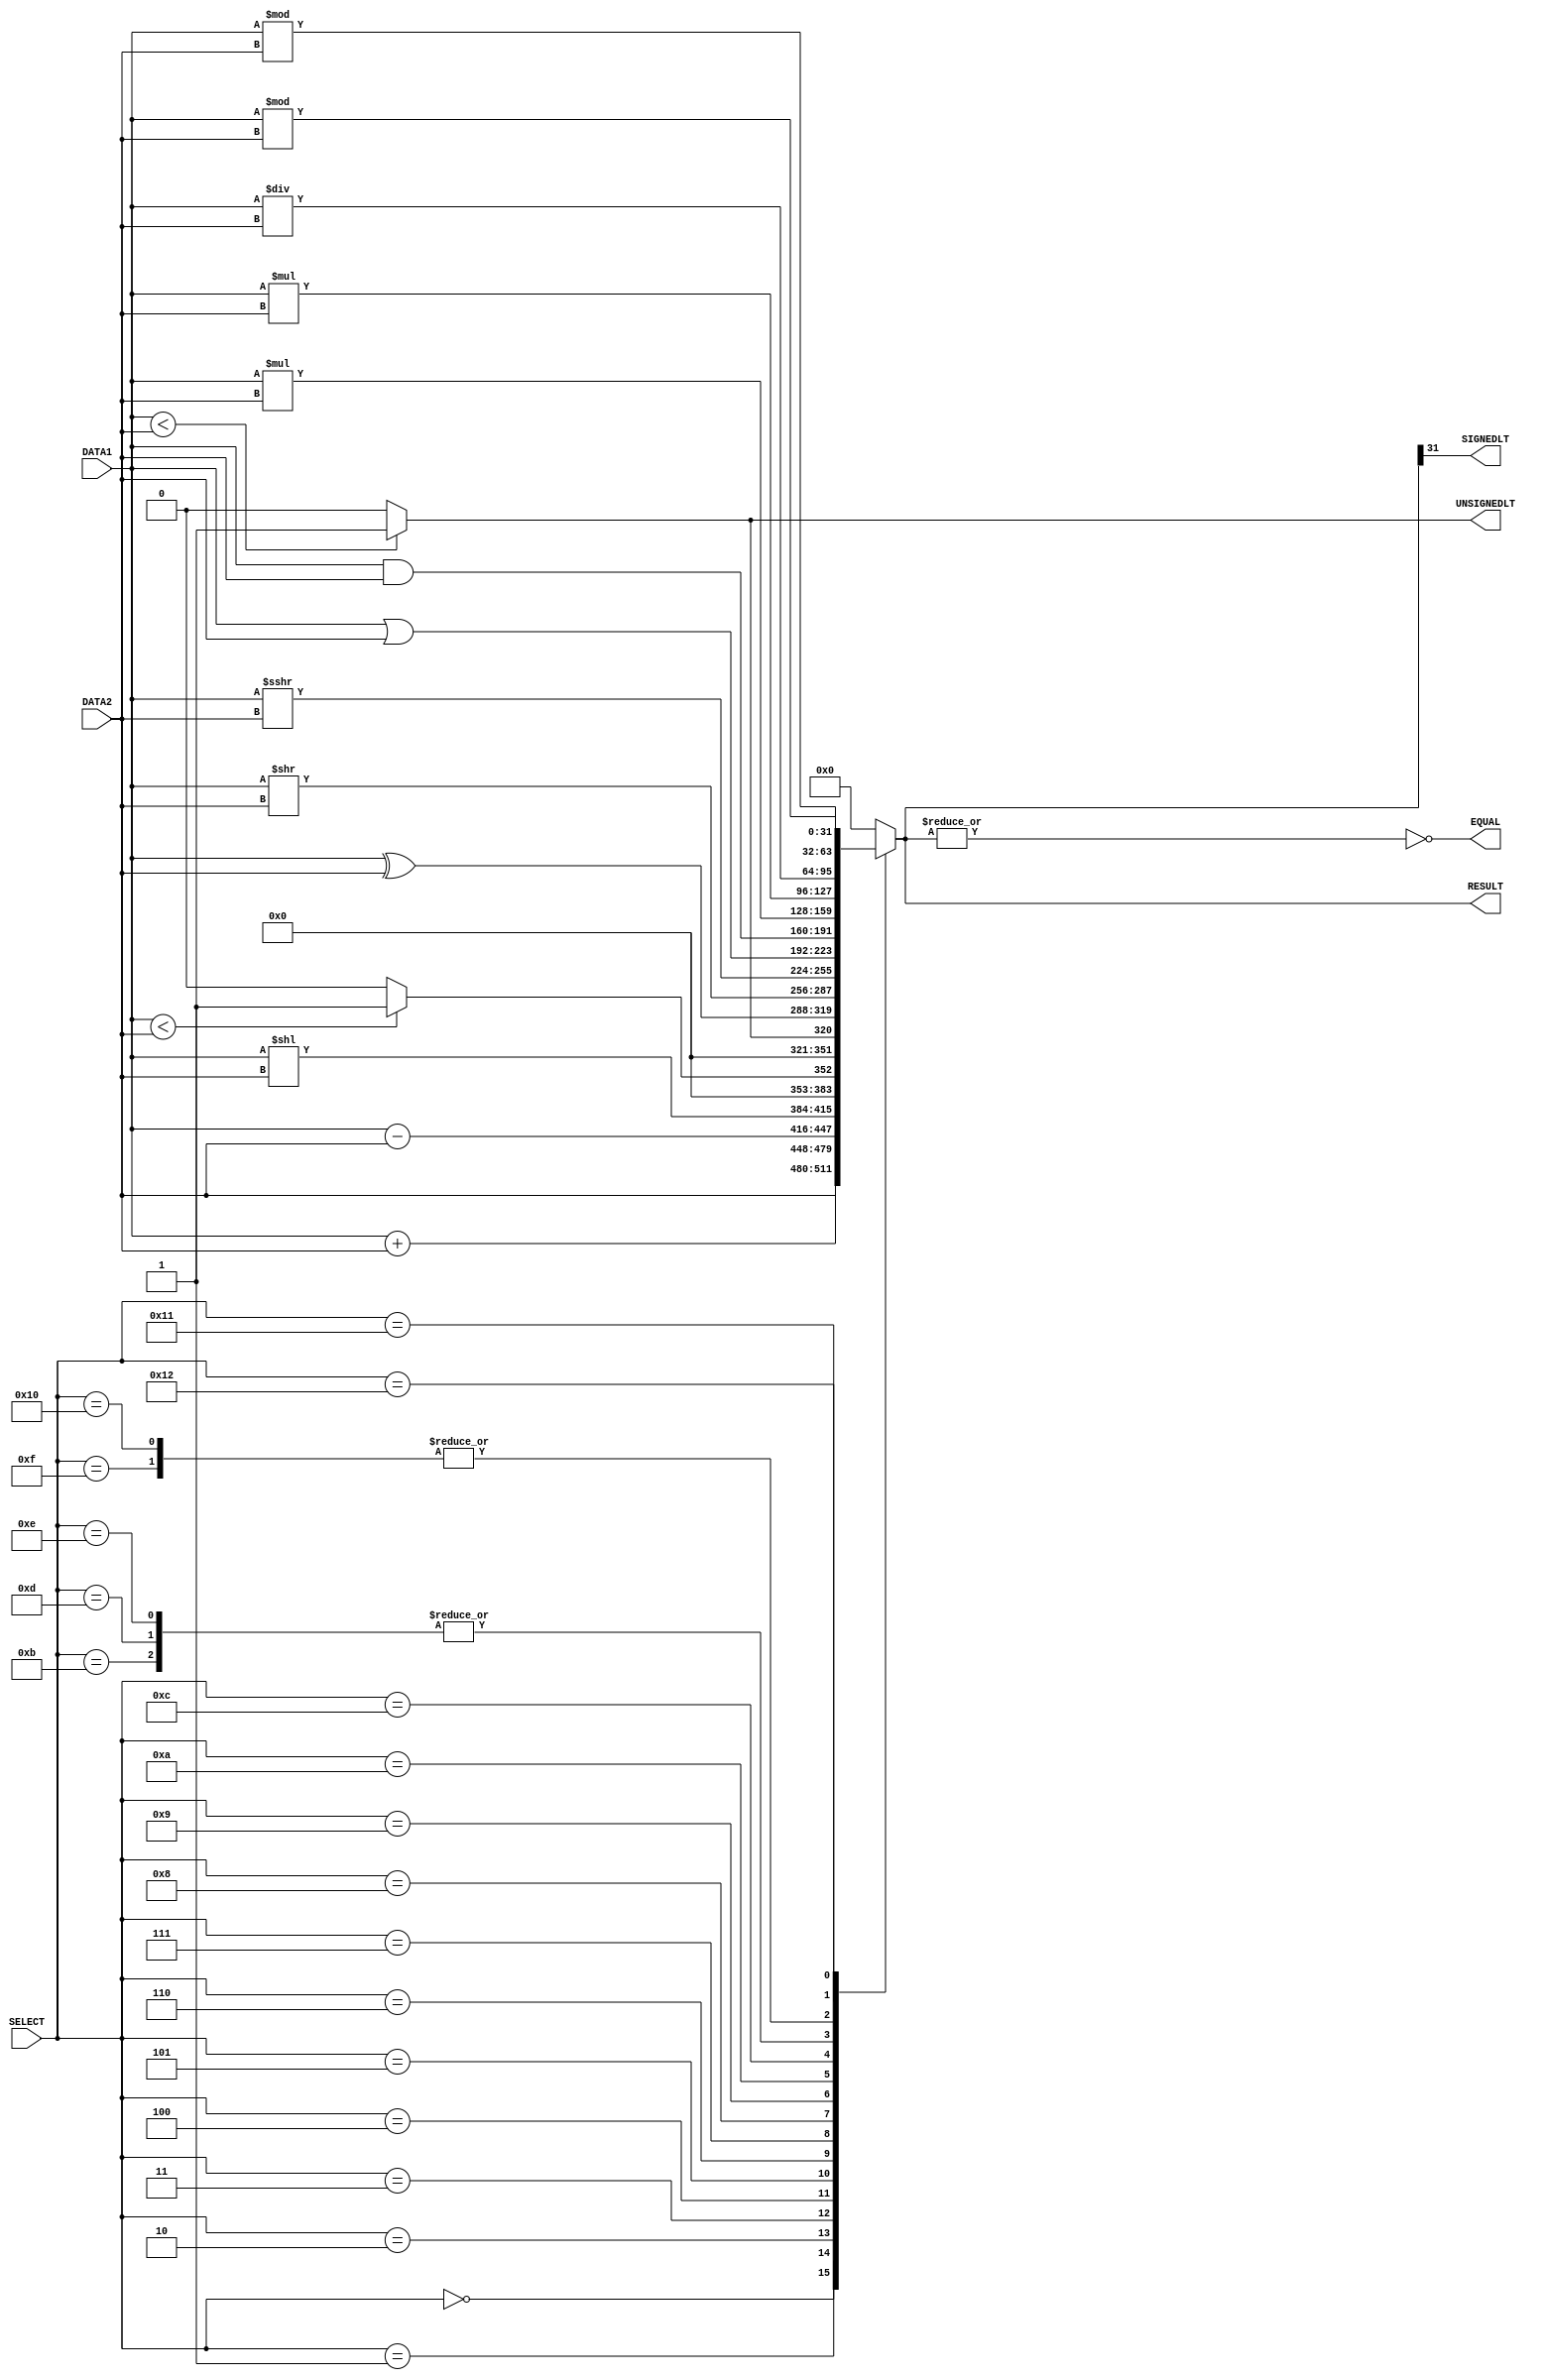
`timescale 1ns/100ps // defining the time units used in the system

module ALU(DATA1, DATA2, RESULT, SELECT, EQUAL, SIGNEDLT, UNSIGNEDLT);
    input[31:0] DATA1, DATA2;   // defining variables to get the input values
    input[4:0] SELECT;          // variable to store the ALU opcode
    output reg[31:0] RESULT;    // variable to store the result of the ALU
    output EQUAL, SIGNEDLT, UNSIGNEDLT; // defining output signals

// defining variables to store the results of each airthmatic operation
    wire[31:0]  AND_RES,    // and operation
                OR_RES,     // or operation
                XOR_RES,    // xor operation 
                ADD_RES,    // addition operation
                SUB_RES,    // subtraction
                SLL_RES,    // shift left logical
                SRL_RES,    // shift right logical
                SRA_RES,    // shift right airthmatic
                FWD_RES,    // forward operation
                MUL_RES,    // multiplication
                MULH_RES,   // multiplication higher signed * signed
                MULHU_RES,  // multiplication higher unsigned * unsigned
                MULHSU_RES, // multiplication higher signed * unsigned
                DIV_RES,    // division
                DIVU_RES,       // unsigned division
                REM_RES,    // signed remainder
                REMU_RES,    // unsigned remainder
                SLT_RES,    // less than
                SLTU_RES;   // less than unsigned

    wire [63:0] MULTIPICATION; 

    // operating bitwise operations with 3 time unit delay

    //R type instructions
    assign  #1 AND_RES = DATA1 & DATA2;
    assign  #1 OR_RES = DATA1 | DATA2;
    assign  #1 XOR_RES = DATA1 ^ DATA2;
    assign  #2 ADD_RES = DATA1 + DATA2;
    assign  #2 SUB_RES = DATA1 - DATA2;

    // forwading operation
    assign  #3 FWD_RES = DATA2;
    

    // shift operations
    assign  #1 SLL_RES = DATA1 << DATA2;
    assign  #1 SRL_RES = DATA1 >> DATA2;
    assign  #1 SRA_RES = DATA1 >>> DATA2;

    // multipication operation
    assign  #3 MUL_RES = DATA1 * DATA2;
    //assign  MULTIPICATION = DATA1 * DATA2; // FOR A RESULT OF UPPER 32 BITS
    assign  #3 MULH_RES = $signed(DATA1) * $signed(DATA2);
    assign  #3 MULHU_RES = $unsigned(DATA1) * $unsigned(DATA2);
    assign  #3 MULHSU_RES = $signed(DATA1) * $unsigned(DATA2);

    // division operation
    assign  #3 DIV_RES = DATA1 / DATA2;
    assign  #3 DIVU_RES = $unsigned(DATA1) / $unsigned(DATA2);


    // remainder operations
    assign  #3 REM_RES = $signed(DATA1) % $signed(DATA2);
    assign  #3 REMU_RES = $unsigned(DATA1) % $unsigned(DATA2);

    // set the output value according to the comparison of DATA1 and DATA2
    assign  #1 SLT_RES = ($signed(DATA1) < $signed(DATA2)) ? 32'd1 : 32'd0;
    assign  #1 SLTU_RES = ($unsigned(DATA1) < $unsigned(DATA2)) ? 32'd1 : 32'd0;


    always@(*)
    begin
        case(SELECT)
        8'b00000000: RESULT = FWD_RES;  
        8'b00000001: RESULT = ADD_RES; 
        8'b00000010: RESULT = SUB_RES; 
        8'b00000011: RESULT = SLL_RES;
        8'b00000100: RESULT = SLT_RES;
        8'b00000101: RESULT = SLTU_RES;
        8'b00000110: RESULT = XOR_RES;
        8'b00000111: RESULT = SRL_RES;
        8'b00001000: RESULT = SRA_RES;
        8'b00001001: RESULT = OR_RES;
        8'b00001010: RESULT = AND_RES;
        8'b00001011: RESULT = MUL_RES;
        8'b00001100: RESULT = MULH_RES;
        8'b00001101: RESULT = MULHSU_RES;
        8'b00001110: RESULT = MULHU_RES;
        8'b00001111: RESULT = DIV_RES;
        8'b00010000: RESULT = DIVU_RES;
        8'b00010001: RESULT = REM_RES;
        8'b00010010: RESULT = REMU_RES;
        default:RESULT = 31'd0;
    endcase
    end

    assign EQUAL = ~(|RESULT);      // DATA1 == DATA2
    assign SIGNEDLT = RESULT[31];   // DATA1 < DATA2
    assign UNSIGNEDLT= SLTU_RES[0]; // |DATA1| < |DATA2|

endmodule


module ALU_TESTBENCH();

    reg [31:0] DATA1, DATA2;
    reg [4:0] SELECT;
    wire [31:0] RESULT;
    wire ZERO, SIGN, SLTU;

    ALU ALU_TEST(DATA1, DATA2, RESULT, SELECT, ZERO, SIGN, SLTU);
        initial
        begin
            $monitor("DATA1: %b,DATA2: %b,SELECT: %b,RESULT: %b",DATA1,DATA2,SELECT,RESULT);
        end

        initial
        begin
            DATA1 = 32'd30;
            DATA2 = 32'd35;
            SELECT = 8'b00000000;
            #5
            $display("Test 1 passed");
            SELECT = 8'b00000001;
            #5
            $display("Test 2 paassed");
            SELECT = 8'b00000010;
            #5 
            $display ("Test 3 passed");
            SELECT = 8'b00000011;
            #5 
            $display ("Test 4 passed");
            SELECT = 8'b00000100;
            #5 
            $display ("Test 5 passed");


            
        end


endmodule



/*multiplication higher signed * signed
For example, if you multiply a signed variable with a 4-bit width by another signed variable with a 3-bit width, 
the result will be a signed variable with a bit width of 7 (4 + 3).However, if both operands have the same bit width, 
the result will have twice the bit width of the operands, to accommodate the possibility of overflow.When multiplying
signed variables, the result can be positive or negative, depending on the signs of the operands. If both operands 
have the same sign (both positive or both negative), the result will be positive. If the operands have opposite signs, 
the result will be negative.It is important to note that signed multiplication can result in overflow, which occurs when 
the result is too large to be represented in the allocated bit width. To prevent overflow, you can use larger bit widths 
or scaling factors to reduce the magnitude of the operands before multiplication.*/


/*multiplication higher unsigned * unsigned
It is important to note that unsigned multiplication can result in overflow, which occurs when the result is too large to be 
represented in the allocated bit width. To prevent overflow, you can use larger bit widths or scaling factors to reduce the 
magnitude of the operands before multiplication.
*/


/*multiplication higher signed * unsigned
It is important to note that signed multiplication can result in overflow, which occurs when the result is too large to be 
represented in the allocated bit width. To prevent overflow, you can use larger bit widths or scaling factors to reduce the 
magnitude of the operands before multiplication.
*/


/*

BR_BEQ - Branch on Equal: This branch output signal is set when two operands are equal. 

BR_BNE - Branch on Not Equal: This branch output signal is set when two operands are not equal.

BR_BLT - Branch on Less Than: This branch output signal is set when one operand is less than another operand. 

BR_BGE - Branch on Greater Than or Equal: This branch output signal is set when one operand is greater than or equal to another operand. 

BR_BLTU - Branch on Less Than Unsigned: This branch output signal is set when one operand is less than another operand, 

BR_BGEU - Branch on Greater Than or Equal Unsigned: This branch output signal is set when one operand is greater than or equal to 
another operand,


zero_signal:
zero_signal typically refers to a signal or a flag that is set to indicate whether the result of an operation is zero or not. 
For example, in a processor's ALU (Arithmetic Logic Unit), after performing an arithmetic or logical operation, a zero_signal 
may be set to 1 if the result is zero, and 0 otherwise. This zero_signal can then be used by subsequent instructions or operations 
that depend on the result of the previous operation.

sign_bit_signal:
sign_bit_signal refers to a signal or a bit that represents the sign of a number. In computers, numbers are represented in binary 
form using a fixed number of bits. The leftmost bit in the binary representation is called the sign bit. If this bit is 0, then the 
number is positive; if it is 1, then the number is negative. For example, in an 8-bit binary number, if the sign bit is 1, then the 
number is in the range -128 to -1, and if it is 0, then the number is in the range 0 to 127.

sltu_bit_signal:
sltu_bit_signal typically refers to a signal or a bit that is set to 1 if an unsigned integer comparison is true, and 0 otherwise. 
In computer architecture, the SLTU instruction (Set Less Than Unsigned) compares two unsigned integers and sets a register or flag 
to 1 if the first operand is less than the second operand, and to 0 otherwise. The sltu_bit_signal is set to the output of this 
comparison, and can be used by subsequent instructions or operations that depend on the result of the comparison.
*/

/*The timescale directive is used to define the time units used in the system. In this case, it specifies a timescale of 1 nanosecond (ns) for simulation purposes, 
with a time precision of 100 picoseconds (ps).

The module keyword is used to define the ALU module, and it has five output signals: RESULT, ZERO, SIGN_BIT, SLTU_BIT, and a 32-bit wide input for each data value.

The wire keyword is used to define intermediate signals that connect different parts of the module together. In this case, it defines wires for each possible operation's
 result, which can be used to calculate the final output of the module.

The assign keyword is used to define combinational logic that calculates a value based on the inputs. In this case, it is used to assign the values of the ZERO, 
SIGN_BIT, and SLTU_BIT outputs, which are calculated based on the value of RESULT and SLTU_RES.

It's worth noting that the code snippet you provided is incomplete, as some of the operations are missing their implementation. You would need to fill in the logic 
for each operation in order to have a functional ALU.

The ALU module performs different arithmetic, logic, and shift operations based on the SELECT input signal. The assign statements define each operation's output 
result and the time unit delay needed to calculate the operation's result.

The bitwise operations AND, OR, and XOR, take one time unit to calculate. The addition and subtraction operations ADD and SUB, take two time units. 
The forward operation FWD takes three time units, as it doesn't require any calculation.

The shift operations SLL, SRL, and SRA take one time unit to calculate. The multiplication operations MUL, MULH, MULHU, and MULHSU, take three time units. 
The division operations DIV and DIVU, take three time units. The remainder operations REM and REMU, take three time units.

Finally, the comparison operations SLT and SLTU take one time unit to calculate. SLT performs a signed comparison between DATA1 and DATA2 and returns 1 
if DATA1 is less than DATA2; otherwise, it returns 0. SLTU performs an unsigned comparison between DATA1 and DATA2 and returns 1 if DATA1 is less than DATA2; 
otherwise, it returns 0.

Overall, this code defines an ALU module that can perform various arithmetic and logic operations on two 32-bit input values, with different time delays 
depending on the operation type.

This specific ALU has 5 inputs and 3 outputs. The inputs are DATA1, DATA2, SELECT, ZERO, and SIGN_BIT. DATA1 and DATA2 are 32-bit input operands, SELECT is a 5-bit input operand that specifies the operation to be performed by the ALU, ZERO is a 1-bit output that indicates if the result is zero, and SIGN_BIT is a 1-bit output that indicates the sign of the result.

The ALU supports the following operations:

Addition
Subtraction
Bitwise AND
Bitwise OR
Bitwise XOR
Shift left logical
Shift right logical
Shift right arithmetic
Forwarding operation
Multiplication
Multiplication higher signed * signed
Multiplication higher unsigned * unsigned
Multiplication higher signed * unsigned
Division
Unsigned division
Remainder
Unsigned remainder
Comparison for less than
Comparison for less than unsigned
The ALU uses a case statement to select the appropriate output RESULT based on the SELECT input. The result is stored in a 32-bit register.

The ALU also has 16 internal wires (AND_RES, OR_RES, XOR_RES, ADD_RES, SUB_RES, SLL_RES, SRL_RES, SRA_RES, FWD_RES, MUL_RES, MULH_RES, MULHU_RES,
 MULHSU_RES, DIV_RES, DIVU_RES, REM_RES, and REMU_RES) that store the result of each arithmetic operation. Each operation is implemented with a specific time delay,
  ranging from 1 to 3 time units, depending on the operation.

Finally, the ALU has two output wires (SLT_RES and SLTU_RES) that store the result of the comparison for less than and less than unsigned operations, respectively.

Note that this code is incomplete, and some parts of it may not make sense without the context of the entire system it is intended to be used in.

*/